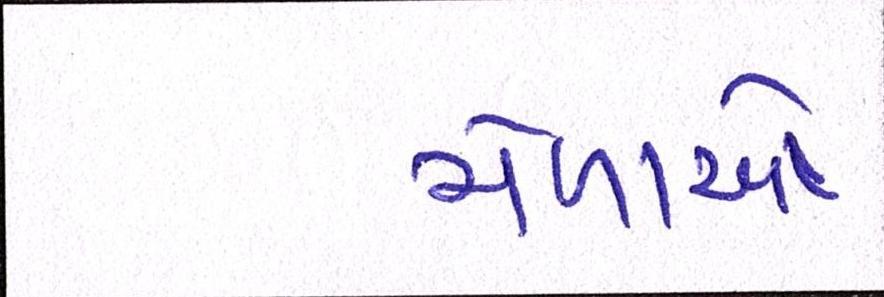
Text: મેળાઓ